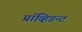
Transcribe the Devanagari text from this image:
प्रॉव्हिडन्ट